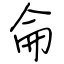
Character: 侖